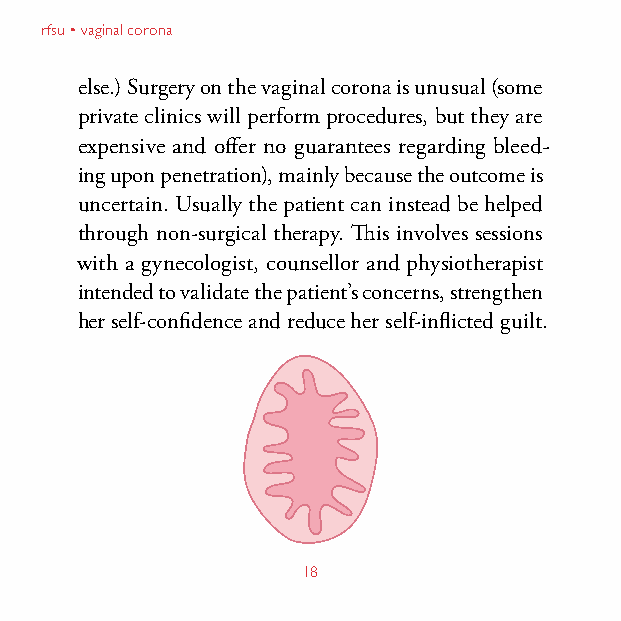
rfsu • vaginal corona
 else.) Surgery on the vaginal corona is unusual (some
 private clinics will perform procedures, but they are
 expensive and offer no guarantees regarding bleed-
 ing upon penetration), mainly because the outcome is
 uncertain. Usually the patient can instead be helped
 through non-surgical therapy. This involves sessions
 with a gynecologist, counsellor and physiotherapist
 intended to validate the patient’s concerns, strengthen
 her self-confidence and reduce her self-inflicted guilt.
 18